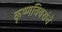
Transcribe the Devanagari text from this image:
कृष्णविवरांचे